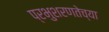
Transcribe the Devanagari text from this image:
प्रभुशरणतेच्या